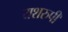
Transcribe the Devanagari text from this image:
यशरुपी